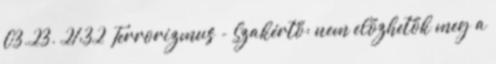
03.23. 21:32 Terrorizmus - Szakértő: nem előzhetők meg a